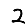
Digit: 2